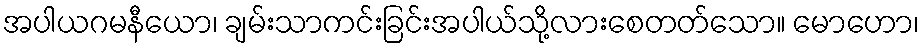
အပါယဂမနီယော၊ ချမ်းသာကင်းခြင်းအပါယ်သို့လားစေတတ်သော။ မောဟော၊